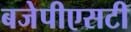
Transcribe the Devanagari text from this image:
बजेपीएसटी